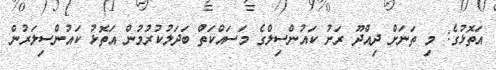
އަތޮޅުގެ: މި ތަނަށް ދިއްދޫ ރަށު ކައުންސިލްގެ މަސައްކަތް ބަދަލުކުރުމުން އަތޮޅު ކައުންސިލަރުން